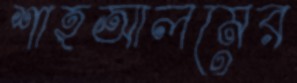
শাহআলমের